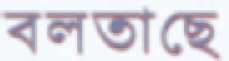
বলতাছে